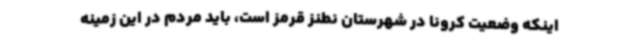
اینکه وضعیت کرونا در شهرستان نطنز قرمز است، باید مردم در این زمینه